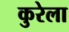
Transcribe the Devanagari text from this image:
कुरेला